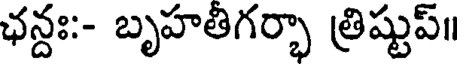
ఛన్దః:- బృహతిగర్భా త్రిష్టుప్॥